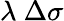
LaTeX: \lambda~\Delta\sigma